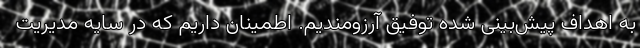
به اهداف پیش‌بینی شده توفیق آرزومندیم. اطمینان داریم که در سایه مدیریت